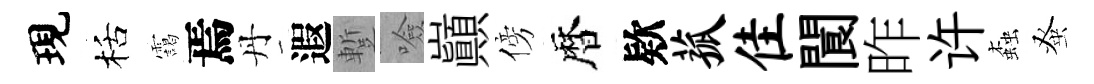
現栝靄焉丹遐蹔噞巔傍暦欵菰隹閬昨许螙𫊫